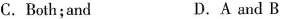
C. Both;and D.A and B